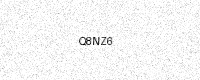
Text: Q8NZ6